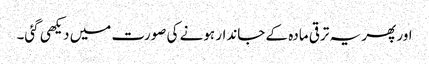
اور پھر یہ ترقی مادہ کے جاندار ہونے کی صورت میں دیکھی گئی۔